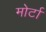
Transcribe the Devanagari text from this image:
मोर्टा